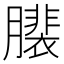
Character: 𦢄